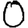
Digit: 0